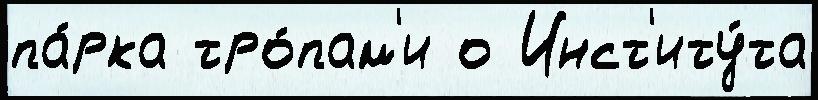
па́рка тро́пам'и о Инст'иту́та